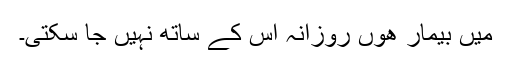
میں بیمار ھوں روزانہ اس کے ساتھ نہیں جا سکتی۔